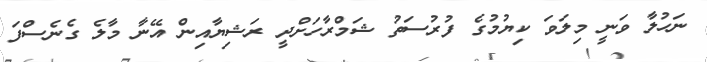
ނަހުލާ ވަނީ މިލަވަ ކިޔުމުގެ ފުރުސަތު ޝަމްރާހަށްދީ ރަޝިޔާއިން އޭނާ މާލެ ގެނެސްފަ